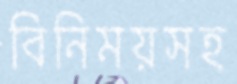
বিনিময়সহ